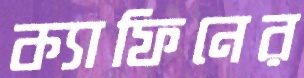
ক্যাফিনের